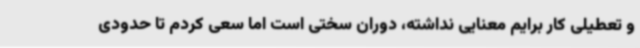
و تعطیلی کار برایم معنایی نداشته، دوران سختی است اما سعی کردم تا حدودی